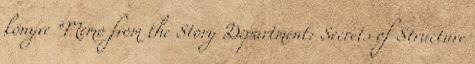
könyve “Memo from the Story Department: Secrets of Structure